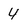
Character: 4